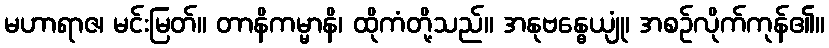
မဟာရာဇ၊ မင်းမြတ်။ တာနိကမ္မာနိ၊ ထိုကံတို့သည်။ အနုဗန္ဓေယျုံ၊ အစဉ်လိုက်ကုန်၏။